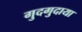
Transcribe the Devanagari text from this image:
गुदगुदाया